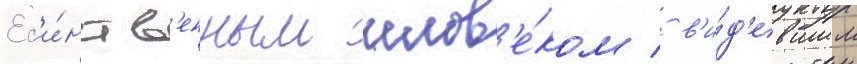
Ед'и́нств'енным челов'е́ком / в'и́д'евшим